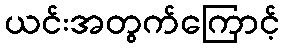
ယင်းအတွက်ကြောင့်